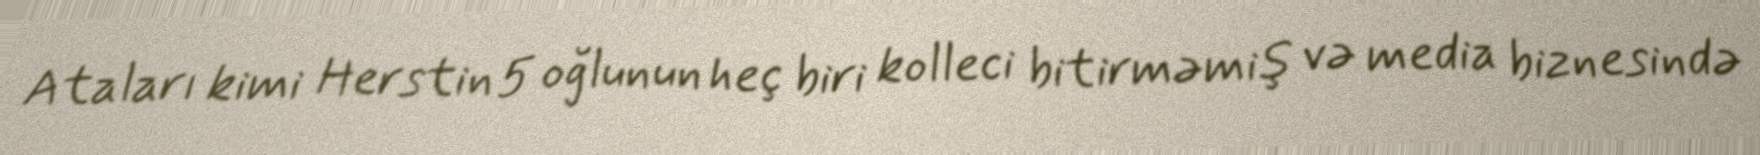
Ataları kimi Herstin 5 oğlunun heç biri kolleci bitirməmiş və media biznesində